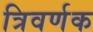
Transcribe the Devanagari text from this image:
त्रिवर्णक